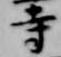
寺